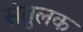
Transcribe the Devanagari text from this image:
संतुलक